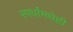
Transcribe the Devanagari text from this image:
स्पर्धांमधेही